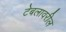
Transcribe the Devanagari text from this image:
टेबलावरील